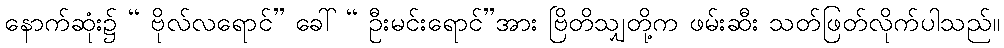
နောက်ဆုံး၌ “ ဗိုလ်လရောင်” ခေါ် “ ဦးမင်းရောင်”အား ဗြိတိသျှတို့က ဖမ်းဆီး သတ်ဖြတ်လိုက်ပါသည်။